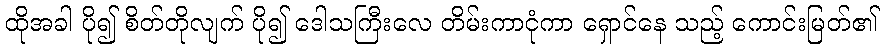
ထိုအခါ ပို၍ စိတ်တိုလျက် ပို၍ ဒေါသကြီးလေ တိမ်းကာငုံကာ ရှောင်နေ သည့် ကောင်းမြတ်၏